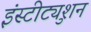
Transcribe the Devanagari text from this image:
इंस्टीट्युशन